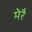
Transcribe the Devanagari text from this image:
मेरै